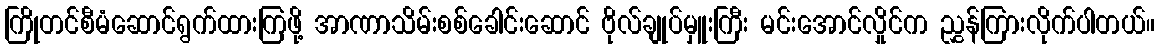
ကြိုတင်စီမံဆောင်ရွက်ထားကြဖို့ အာဏာသိမ်းစစ်ခေါင်းဆောင် ဗိုလ်ချုပ်မှူးကြီး မင်းအောင်လှိုင်က ညွှန်ကြားလိုက်ပါတယ်။